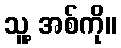
သူ့ အစ်ကို။